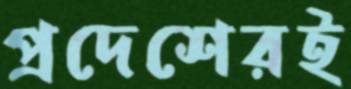
প্রদেশেরই